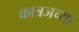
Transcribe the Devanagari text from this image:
कात्रजच्या